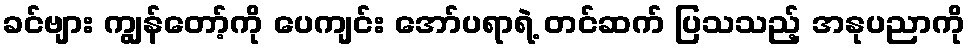
ခင်ဗျား ကျွန်တော့်ကို ပေကျင်း အော်ပရာရဲ့ တင်ဆက် ပြသသည့် အနုပညာကို